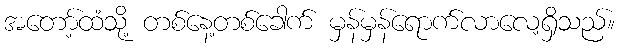
အတော့်ထံသို့ တစ်နေ့တစ်ခေါက် မှန်မှန်ရောက်လာလေ့ရှိသည်။